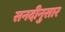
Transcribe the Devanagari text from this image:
सनदीनुसार